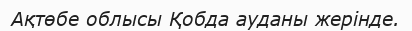
Ақтөбе облысы Қобда ауданы жерінде.